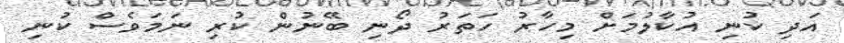
އަދި ކުނި އުކާލުމަށް މިހާރު ހަތަރު ދޯނި ބޭނުން ކުރި ނަމަވެސް ކުނި